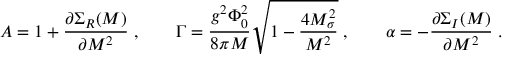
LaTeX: A = 1 + { \frac { \partial \Sigma _ { R } ( M ) } { \partial M ^ { 2 } } } \; , \quad \quad \Gamma = { \frac { g ^ { 2 } \Phi _ { 0 } ^ { 2 } } { 8 \pi M } } \sqrt { 1 - { \frac { 4 M _ { \sigma } ^ { 2 } } { M ^ { 2 } } } } \; , \quad \quad \alpha = - { \frac { \partial \Sigma _ { I } ( M ) } { \partial M ^ { 2 } } } \; . \nonumber